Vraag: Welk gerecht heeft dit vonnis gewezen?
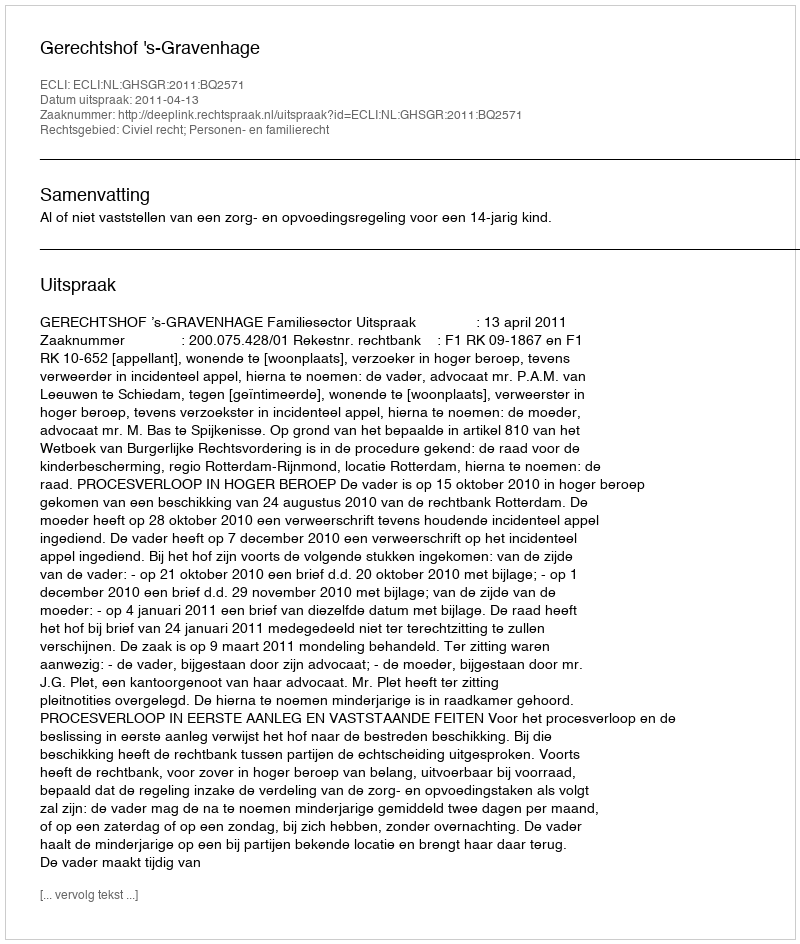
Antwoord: Gerechtshof 's-Gravenhage